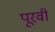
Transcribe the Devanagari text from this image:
पूरवी